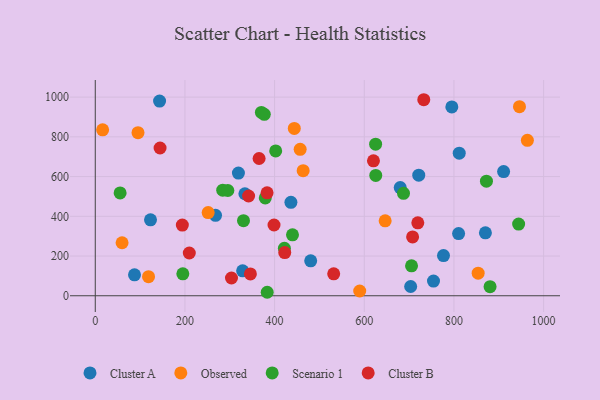
{"axis": {"x": "Investment", "y": "Fuel Efficiency"}, "legend": ["Cluster A", "Cluster B", "Observed", "Scenario 1"], "data": [{"x": "811.8", "y": 717.6, "type": "Cluster A"}, {"x": "680.2", "y": 544.7, "type": "Cluster A"}, {"x": "143.4", "y": 980.2, "type": "Cluster A"}, {"x": "910.8", "y": 625.1, "type": "Cluster A"}, {"x": "328.7", "y": 125.3, "type": "Cluster A"}, {"x": "480.5", "y": 175.9, "type": "Cluster A"}, {"x": "810.4", "y": 312.9, "type": "Cluster A"}, {"x": "795.3", "y": 950.5, "type": "Cluster A"}, {"x": "870.2", "y": 316.7, "type": "Cluster A"}, {"x": "776.7", "y": 202.4, "type": "Cluster A"}, {"x": "268.2", "y": 405.0, "type": "Cluster A"}, {"x": "703.5", "y": 46.6, "type": "Cluster A"}, {"x": "123.2", "y": 382.3, "type": "Cluster A"}, {"x": "754.4", "y": 73.8, "type": "Cluster A"}, {"x": "319.3", "y": 617.5, "type": "Cluster A"}, {"x": "436.4", "y": 470.4, "type": "Cluster A"}, {"x": "721.5", "y": 606.8, "type": "Cluster A"}, {"x": "333.7", "y": 513.5, "type": "Cluster A"}, {"x": "87.5", "y": 105.4, "type": "Cluster A"}, {"x": "589.8", "y": 23.8, "type": "Observed"}, {"x": "854.0", "y": 113.8, "type": "Observed"}, {"x": "443.9", "y": 842.2, "type": "Observed"}, {"x": "16.4", "y": 835.6, "type": "Observed"}, {"x": "95.3", "y": 820.8, "type": "Observed"}, {"x": "963.8", "y": 782.6, "type": "Observed"}, {"x": "59.8", "y": 266.8, "type": "Observed"}, {"x": "646.6", "y": 377.2, "type": "Observed"}, {"x": "457.0", "y": 737.3, "type": "Observed"}, {"x": "946.2", "y": 952.0, "type": "Observed"}, {"x": "463.7", "y": 629.6, "type": "Observed"}, {"x": "118.8", "y": 96.1, "type": "Observed"}, {"x": "251.8", "y": 418.8, "type": "Observed"}, {"x": "625.6", "y": 605.7, "type": "Scenario 1"}, {"x": "421.8", "y": 239.2, "type": "Scenario 1"}, {"x": "383.5", "y": 17.5, "type": "Scenario 1"}, {"x": "377.0", "y": 913.2, "type": "Scenario 1"}, {"x": "284.3", "y": 531.3, "type": "Scenario 1"}, {"x": "379.2", "y": 492.7, "type": "Scenario 1"}, {"x": "370.5", "y": 922.8, "type": "Scenario 1"}, {"x": "295.7", "y": 529.8, "type": "Scenario 1"}, {"x": "625.3", "y": 763.2, "type": "Scenario 1"}, {"x": "439.9", "y": 306.8, "type": "Scenario 1"}, {"x": "330.6", "y": 378.0, "type": "Scenario 1"}, {"x": "880.6", "y": 45.7, "type": "Scenario 1"}, {"x": "944.3", "y": 360.8, "type": "Scenario 1"}, {"x": "705.4", "y": 150.9, "type": "Scenario 1"}, {"x": "402.4", "y": 729.1, "type": "Scenario 1"}, {"x": "195.3", "y": 110.5, "type": "Scenario 1"}, {"x": "872.5", "y": 576.7, "type": "Scenario 1"}, {"x": "687.5", "y": 515.8, "type": "Scenario 1"}, {"x": "55.4", "y": 517.5, "type": "Scenario 1"}, {"x": "620.5", "y": 679.2, "type": "Cluster B"}, {"x": "383.2", "y": 518.0, "type": "Cluster B"}, {"x": "398.7", "y": 356.3, "type": "Cluster B"}, {"x": "531.8", "y": 110.5, "type": "Cluster B"}, {"x": "209.7", "y": 215.2, "type": "Cluster B"}, {"x": "719.4", "y": 367.4, "type": "Cluster B"}, {"x": "707.8", "y": 296.2, "type": "Cluster B"}, {"x": "342.0", "y": 502.1, "type": "Cluster B"}, {"x": "303.8", "y": 89.3, "type": "Cluster B"}, {"x": "422.6", "y": 217.4, "type": "Cluster B"}, {"x": "365.4", "y": 691.1, "type": "Cluster B"}, {"x": "732.7", "y": 986.9, "type": "Cluster B"}, {"x": "346.0", "y": 110.0, "type": "Cluster B"}, {"x": "144.5", "y": 743.9, "type": "Cluster B"}, {"x": "194.2", "y": 355.9, "type": "Cluster B"}]}